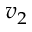
v _ { 2 }